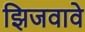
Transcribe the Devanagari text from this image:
झिजवावे